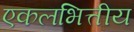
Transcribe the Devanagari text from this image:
एकलभित्तीय